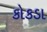
કોકડા